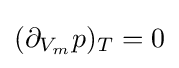
(\partial _{V_{m}}p)_{T}=0